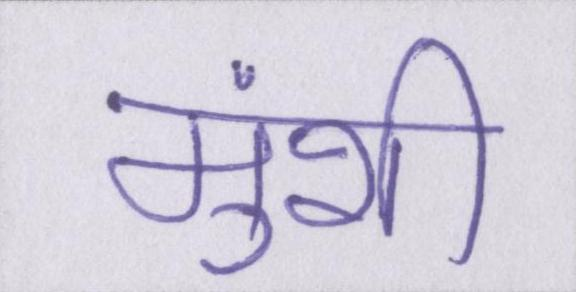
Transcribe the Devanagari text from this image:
मुंशी